65_HS1-834228961_62-HQ-83894_Section_7
Agency: FBI
Page 163
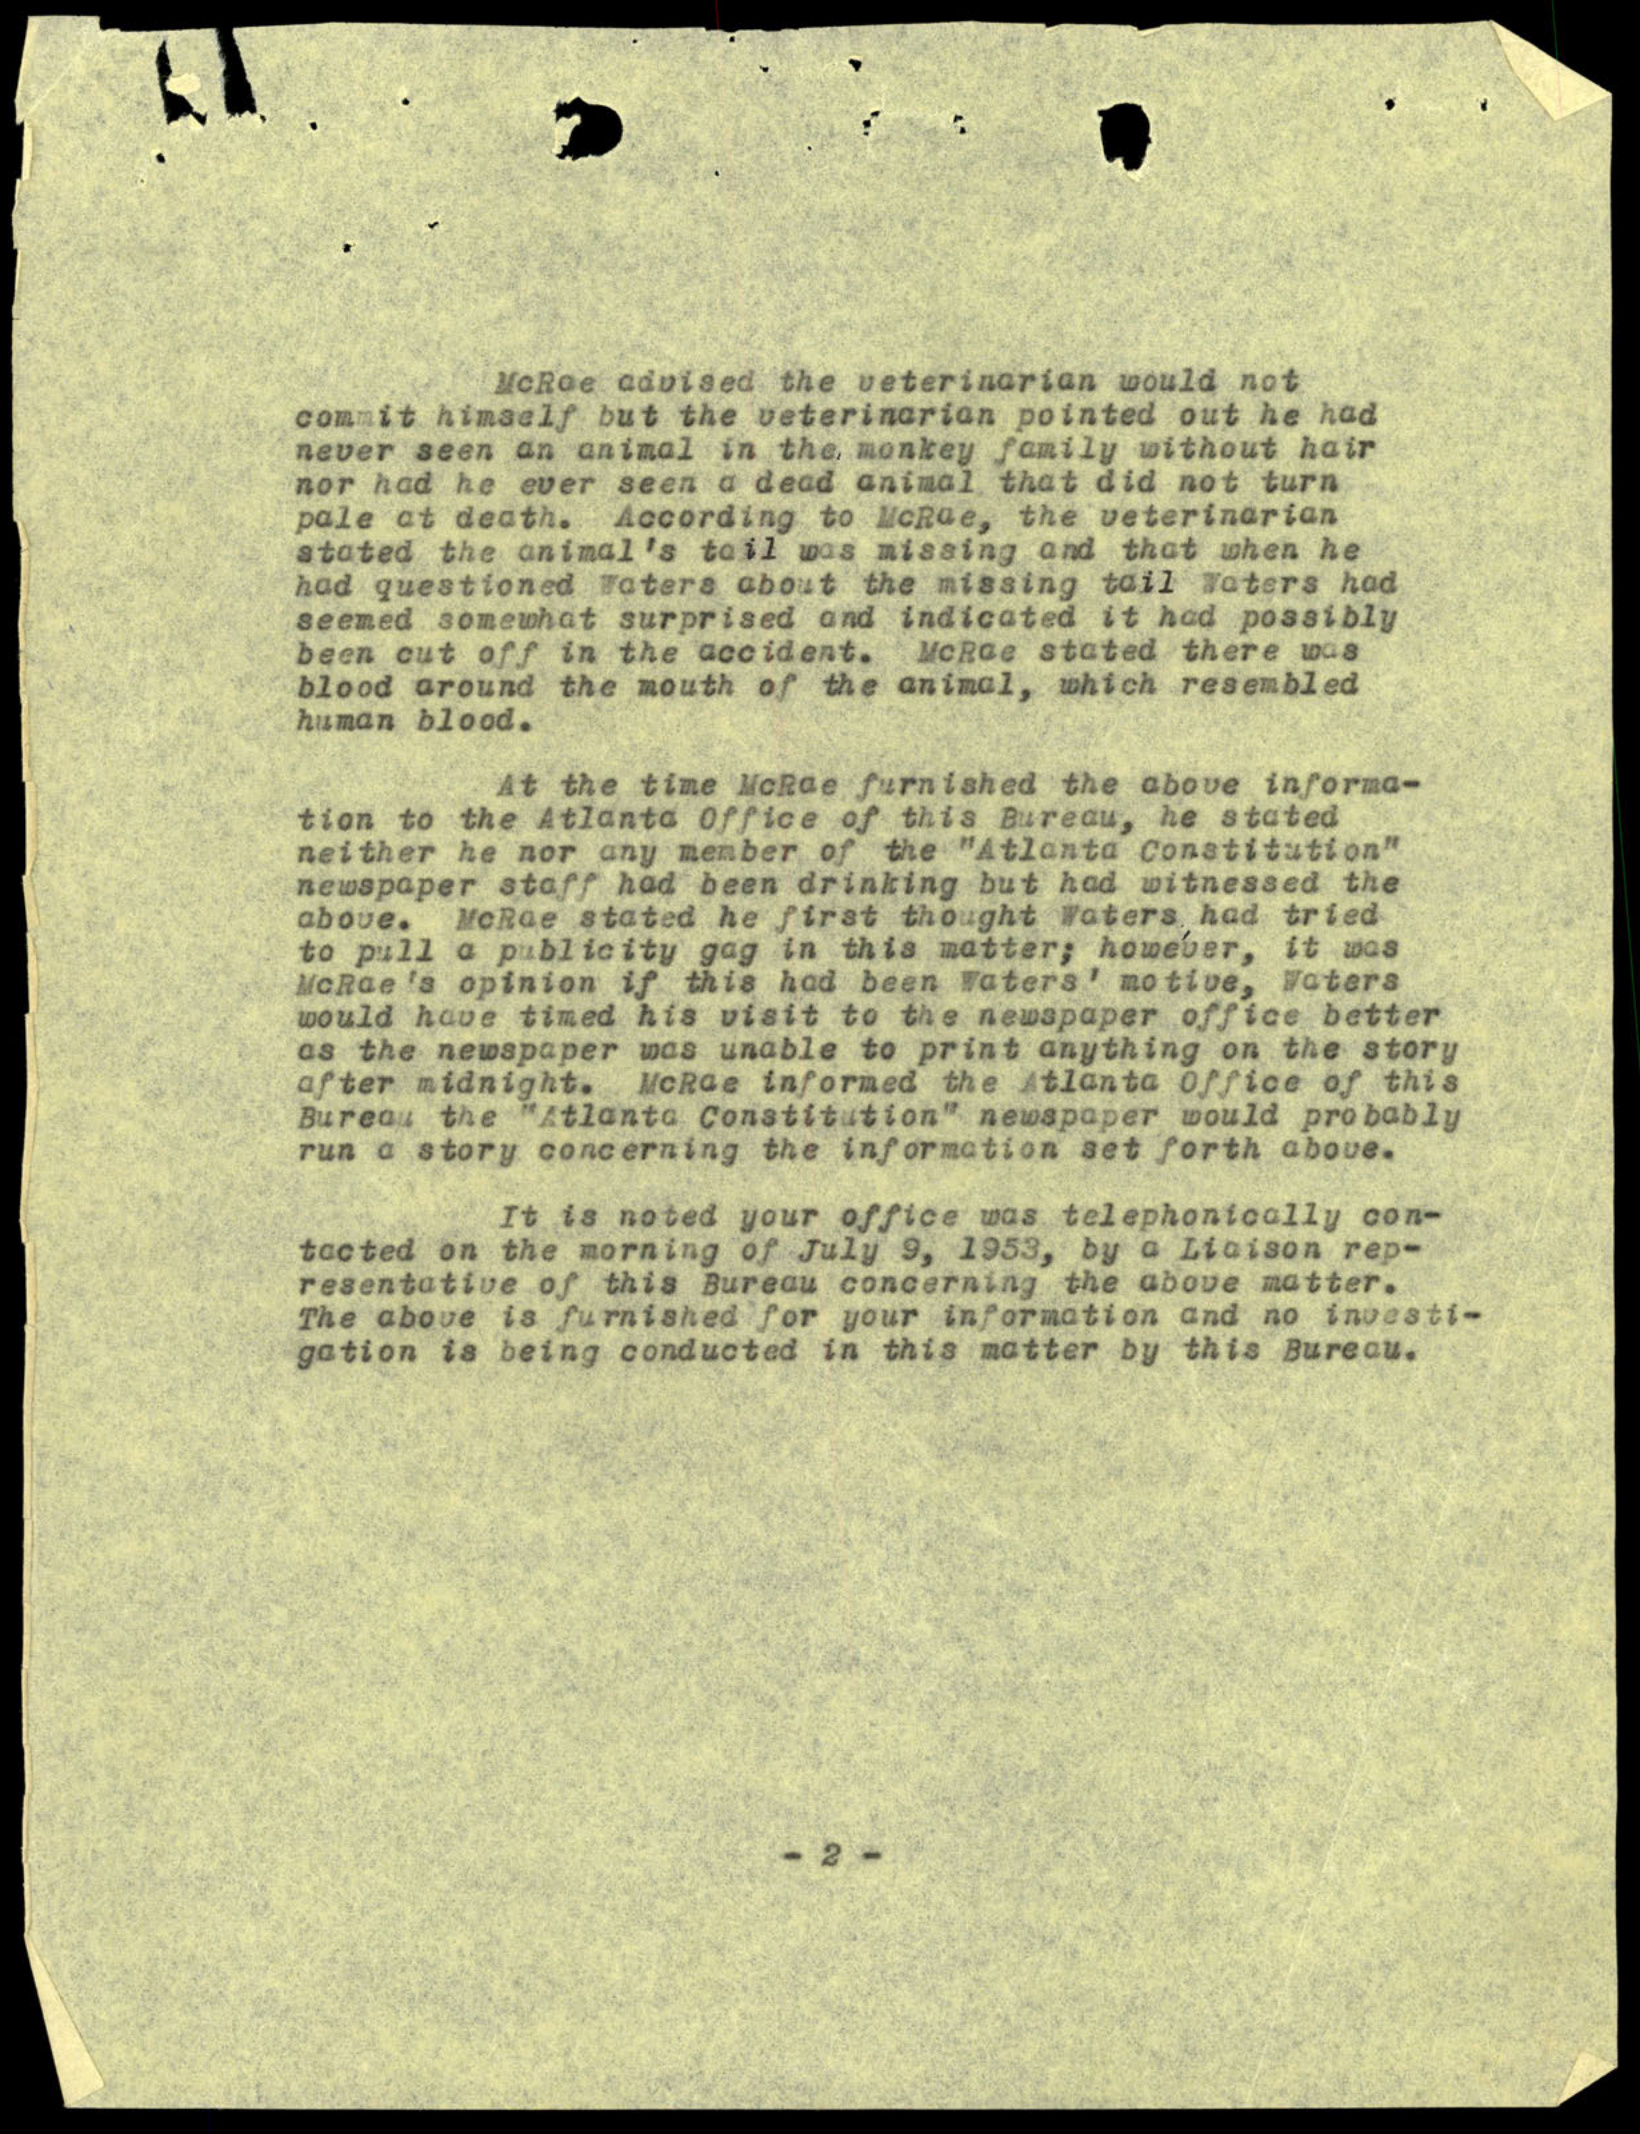